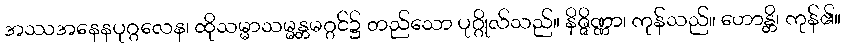
အဿအနေနပုဂ္ဂလေန၊ ထိုသမ္မာသမ္မန္တမဂ္ဂင်၌ တည်သော ပုဂ္ဂိုလ်သည်။ နိဇ္ဇိဏ္ဏာ၊ ကုန်သည်။ ဟောန္တိ၊ ကုန်၏။